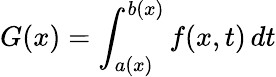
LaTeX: G(x)=\int_{a(x)}^{b(x)}f(x,t)\, dt